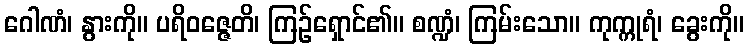
ဂေါဏံ၊ နွားကို။ ပရိဝဇ္ဇေတိ၊ ကြဉ်ရှောင်၏။ စဏ္ဍံ၊ ကြမ်းသော။ ကုက္ကုရံ၊ ခွေးကို။